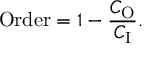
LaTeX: { \mathrm { O r d e r } } = 1 - { \frac { C _ { \mathrm { O } } } { C _ { \mathrm { I } } } } .